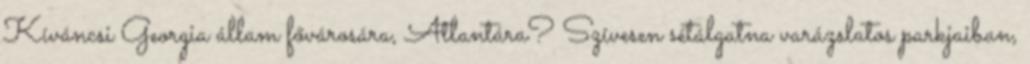
Kíváncsi Georgia állam fővárosára, Atlantára? Szívesen sétálgatna varázslatos parkjaiban,